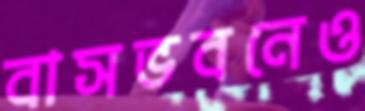
বাসভবনেও